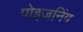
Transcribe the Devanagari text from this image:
पोइज़निंग